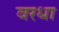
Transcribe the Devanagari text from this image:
वरधा